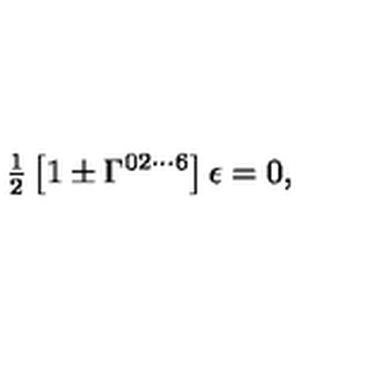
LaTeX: { \textstyle \frac { 1 } { 2 } } \left[ 1 \pm \Gamma ^ { 0 2 \cdots 6 } \right] \epsilon = 0 ,